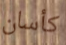
كأسان